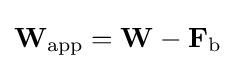
\mathbf {W} _{\mathrm {app} }=\mathbf {W} -\mathbf {F} _{\mathrm {b} }\,\!